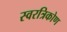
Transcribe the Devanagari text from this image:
स्वरत्रिकोण